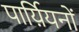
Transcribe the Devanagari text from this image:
पार्य़ियनों